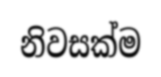
නිවසක්ම